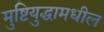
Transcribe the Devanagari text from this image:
मुष्टियुद्धामधील